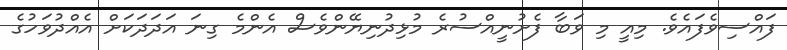
ފައްސިވެފައެވެ. މިއީ މި ވަބާ ފެށުނީއްސުރެ މުޅިދުނިޔޭންވެސް އެންމެ ގިނަ އަދަދަކަށް އެއްދުވަހުގެ